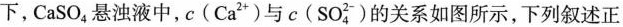
下，CaSO_{4}悬浊液中，c(Ca^{2+})与c(SO_{4}^{2-})的关系如图所示，下列叙述正